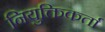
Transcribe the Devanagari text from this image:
नियुक्तिकर्ता